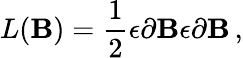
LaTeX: L(\mathbf{B})=\frac{{1}}{{2}}\epsilon\partial\mathbf{B}\epsilon\partial\mathbf{B}\, ,